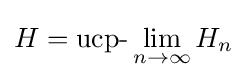
H={\text{ucp-}}\lim _{n\rightarrow \infty }H_{n}